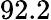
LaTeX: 92.2